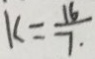
k = \frac { 1 6 } { 7 }